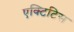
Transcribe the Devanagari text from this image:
एक्टिटिस